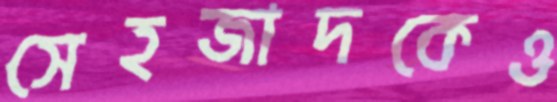
সেহজাদকেও